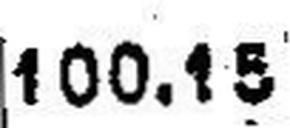
100.15